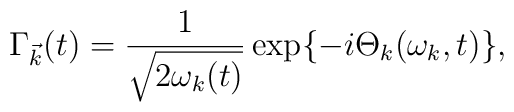
{\Gamma}_{\vec{k}}(t) = \frac{1}{\sqrt{2{\omega}_k(t)}}\exp\{ -i{\Theta}_k({\omega}_k,t) \},